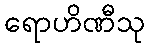
ရောဟိဏီသု